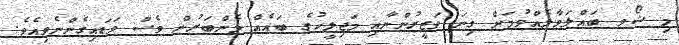
މި ޝޯވ ބައްލަވާލެއްވުމަށް ގިނަ ވަޒީރުންނާއި މަޖިލީހުގެ ބައެއް މެންބަރުން ވެސް ވަޑައިގެންނެވިއެވެ.